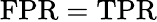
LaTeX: \mathrm{{FPR}=\mathrm{{TPR}}}